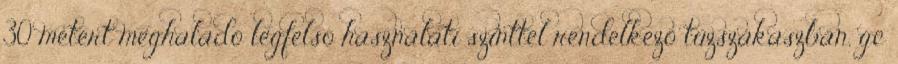
30 métert meghaladó legfelsõ használati szinttel rendelkezõ tûzszakaszban, gc